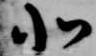
北